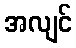
အလျင်